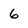
Character: 6